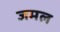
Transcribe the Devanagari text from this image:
जमल